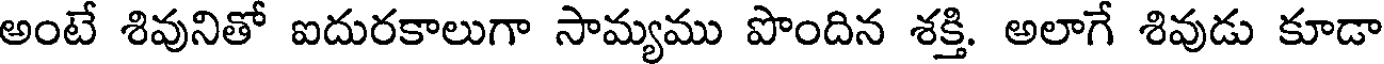
అంటే శివునితో ఐదురకాలుగా సామ్యము పొందిన శక్తి. అలాగే శివుడు కూడా